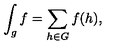
\int _ { g } f = \sum _ { h \in G } f ( h ) ,